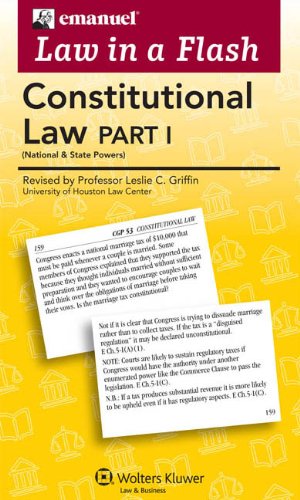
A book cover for Law in a Flash Cards: Constitutional Law I; Steven L. Emanuel; Law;